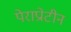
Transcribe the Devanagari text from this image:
पेराप्रोटीन